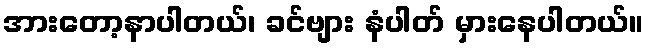
အားတော့နာပါတယ်၊ ခင်ဗျား နံပါတ် မှားနေပါတယ်။